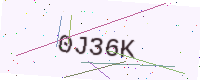
Text: 0J36K